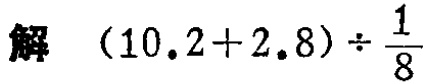
解 \((10.2 + 2.8) \div \frac{1}{8}\)